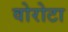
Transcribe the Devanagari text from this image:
वोरोटा